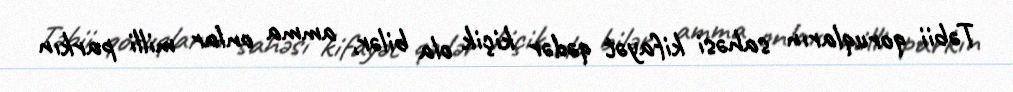
Təbii qoruqların sahəsi kifayət qədər kiçik ola bilər, amma onlar milli parkın